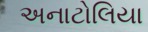
અનાટોલિયા